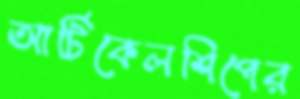
আর্টিকেলশিপের